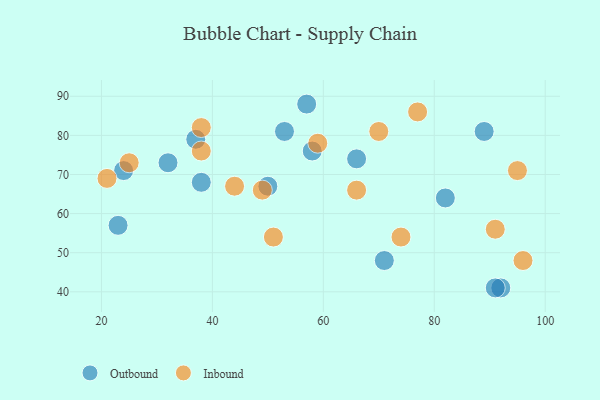
{"axis": {"x": "GDP", "y": "Life Expectancy"}, "legend": ["Inbound", "Outbound"], "data": [{"x": "92", "y": 41, "type": "Outbound"}, {"x": "91", "y": 41, "type": "Outbound"}, {"x": "37", "y": 79, "type": "Outbound"}, {"x": "82", "y": 64, "type": "Outbound"}, {"x": "24", "y": 71, "type": "Outbound"}, {"x": "58", "y": 76, "type": "Outbound"}, {"x": "57", "y": 88, "type": "Outbound"}, {"x": "71", "y": 48, "type": "Outbound"}, {"x": "32", "y": 73, "type": "Outbound"}, {"x": "23", "y": 57, "type": "Outbound"}, {"x": "89", "y": 81, "type": "Outbound"}, {"x": "50", "y": 67, "type": "Outbound"}, {"x": "53", "y": 81, "type": "Outbound"}, {"x": "66", "y": 74, "type": "Outbound"}, {"x": "38", "y": 68, "type": "Outbound"}, {"x": "38", "y": 76, "type": "Inbound"}, {"x": "51", "y": 54, "type": "Inbound"}, {"x": "74", "y": 54, "type": "Inbound"}, {"x": "49", "y": 66, "type": "Inbound"}, {"x": "59", "y": 78, "type": "Inbound"}, {"x": "96", "y": 48, "type": "Inbound"}, {"x": "21", "y": 69, "type": "Inbound"}, {"x": "70", "y": 81, "type": "Inbound"}, {"x": "95", "y": 71, "type": "Inbound"}, {"x": "25", "y": 73, "type": "Inbound"}, {"x": "38", "y": 82, "type": "Inbound"}, {"x": "77", "y": 86, "type": "Inbound"}, {"x": "44", "y": 67, "type": "Inbound"}, {"x": "91", "y": 56, "type": "Inbound"}, {"x": "66", "y": 66, "type": "Inbound"}]}